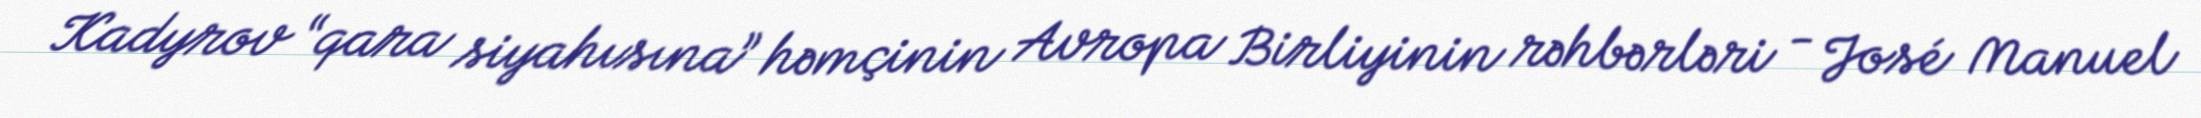
Kadyrov “qara siyahısına” həmçinin Avropa Birliyinin rəhbərləri - José Manuel